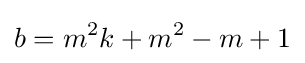
b=m^{2}k+m^{2}-m+1